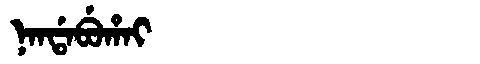
Manchu: ᠨᠠᠨᡩᠠᠪᡠᡥᠠᡳ
Romanization: NANDABUHAI